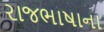
રાજભાષાના